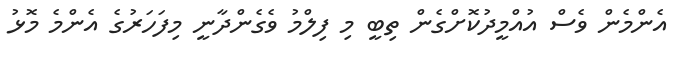
އެންމެން ވެސް އުއްމީދުކޮށްގެން ތިބީ މި ފިލްމު ވެގެންދާނީ މިފަހަރުގެ އެންމެ މޮޅު